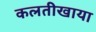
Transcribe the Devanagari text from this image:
कलतीखाया